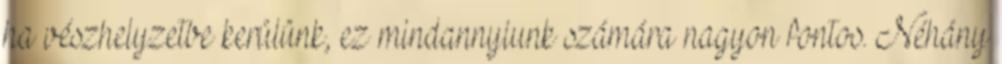
ha vészhelyzetbe kerülünk, ez mindannyiunk számára nagyon fontos. Néhány